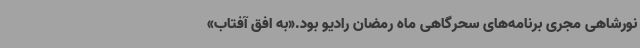
نورشاهی مجری برنامه‌های سحرگاهی ماه رمضان رادیو بود.«به افق آفتاب»